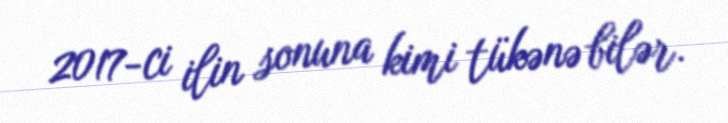
2017-ci ilin sonuna kimi tükənə bilər.